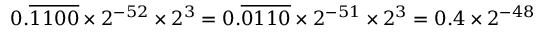
0 . { \overline { { 1 1 0 0 } } } \times 2 ^ { - 5 2 } \times 2 ^ { 3 } = 0 . { \overline { { 0 1 1 0 } } } \times 2 ^ { - 5 1 } \times 2 ^ { 3 } = 0 . 4 \times 2 ^ { - 4 8 }